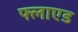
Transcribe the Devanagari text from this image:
फ्लाएड